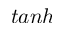
t a n h